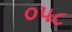
૦૫૮